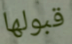
قبولها